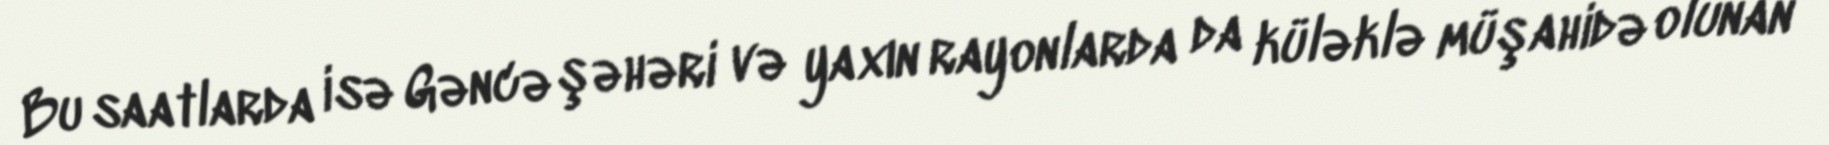
Bu saatlarda isə Gəncə şəhəri və yaxın rayonlarda da küləklə müşahidə olunan